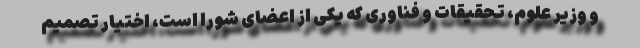
و وزیر علوم، تحقیقات و فناوری که یکی از اعضای شورا است، اختیار تصمیم